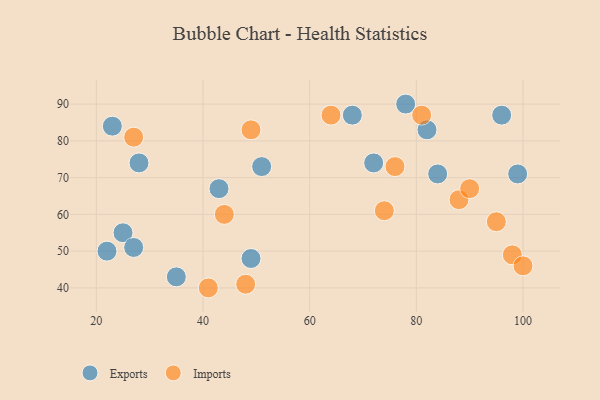
{"axis": {"x": "GDP", "y": "Life Expectancy"}, "legend": ["Exports", "Imports"], "data": [{"x": "28", "y": 74, "type": "Exports"}, {"x": "68", "y": 87, "type": "Exports"}, {"x": "51", "y": 73, "type": "Exports"}, {"x": "35", "y": 43, "type": "Exports"}, {"x": "22", "y": 50, "type": "Exports"}, {"x": "43", "y": 67, "type": "Exports"}, {"x": "78", "y": 90, "type": "Exports"}, {"x": "84", "y": 71, "type": "Exports"}, {"x": "25", "y": 55, "type": "Exports"}, {"x": "72", "y": 74, "type": "Exports"}, {"x": "99", "y": 71, "type": "Exports"}, {"x": "27", "y": 51, "type": "Exports"}, {"x": "49", "y": 48, "type": "Exports"}, {"x": "82", "y": 83, "type": "Exports"}, {"x": "96", "y": 87, "type": "Exports"}, {"x": "23", "y": 84, "type": "Exports"}, {"x": "64", "y": 87, "type": "Imports"}, {"x": "44", "y": 60, "type": "Imports"}, {"x": "49", "y": 83, "type": "Imports"}, {"x": "27", "y": 81, "type": "Imports"}, {"x": "76", "y": 73, "type": "Imports"}, {"x": "74", "y": 61, "type": "Imports"}, {"x": "95", "y": 58, "type": "Imports"}, {"x": "98", "y": 49, "type": "Imports"}, {"x": "88", "y": 64, "type": "Imports"}, {"x": "81", "y": 87, "type": "Imports"}, {"x": "41", "y": 40, "type": "Imports"}, {"x": "100", "y": 46, "type": "Imports"}, {"x": "90", "y": 67, "type": "Imports"}, {"x": "48", "y": 41, "type": "Imports"}]}